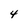
Character: 4